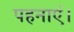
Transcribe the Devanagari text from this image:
पहनाएं।